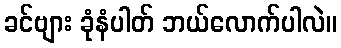
ခင်ဗျား ခုံနံပါတ် ဘယ်လောက်ပါလဲ။